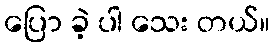
ပြော ခဲ့ ပါ သေး တယ်။